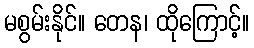
မစွမ်းနိုင်။ တေန၊ ထိုကြောင့်။